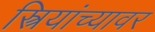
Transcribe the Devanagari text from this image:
स्त्रियांच्यावर